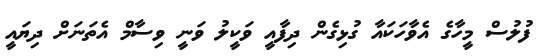
ފުލުސް މީހާގެ އެވާހަކައާ ގުޅިގެން ދިފާއީ ވަކީލު ވަނީ ވިސާމް އެތަނަށް ދިޔައީ